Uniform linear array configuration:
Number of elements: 4
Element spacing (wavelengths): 0.25
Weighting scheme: binomial
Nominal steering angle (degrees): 45
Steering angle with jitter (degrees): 45.989
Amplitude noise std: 0.05
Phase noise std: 0.05

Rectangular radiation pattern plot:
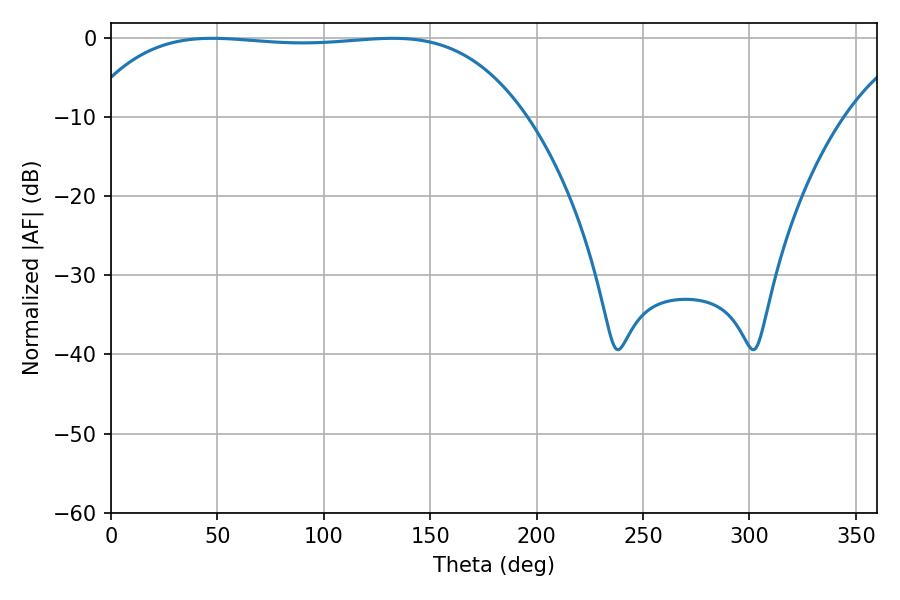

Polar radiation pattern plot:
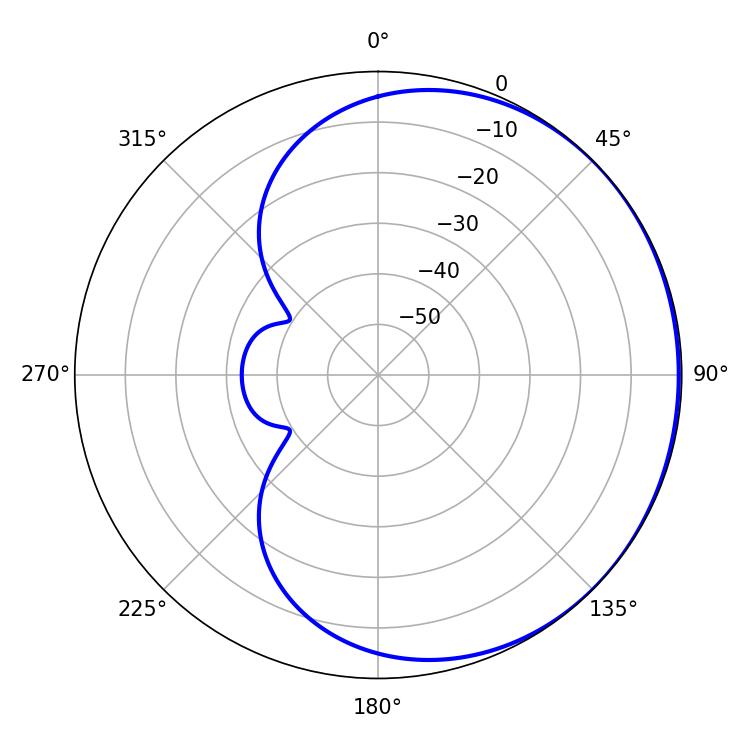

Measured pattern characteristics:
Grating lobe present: FALSE
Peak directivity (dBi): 0.4716
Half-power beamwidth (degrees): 162.36
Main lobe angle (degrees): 47.52